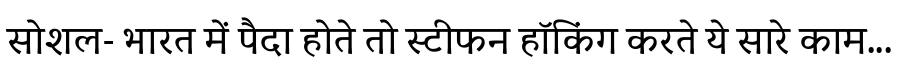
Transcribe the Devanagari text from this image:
सोशल- भारत में पैदा होते तो स्टीफन हॉकिंग करते ये सारे काम...